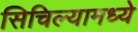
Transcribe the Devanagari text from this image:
सिचिल्यामध्ये